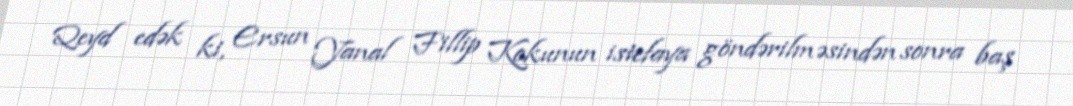
Qeyd edək ki, Ersun Yanal Fillip Kokunun istefaya göndərilməsindən sonra baş